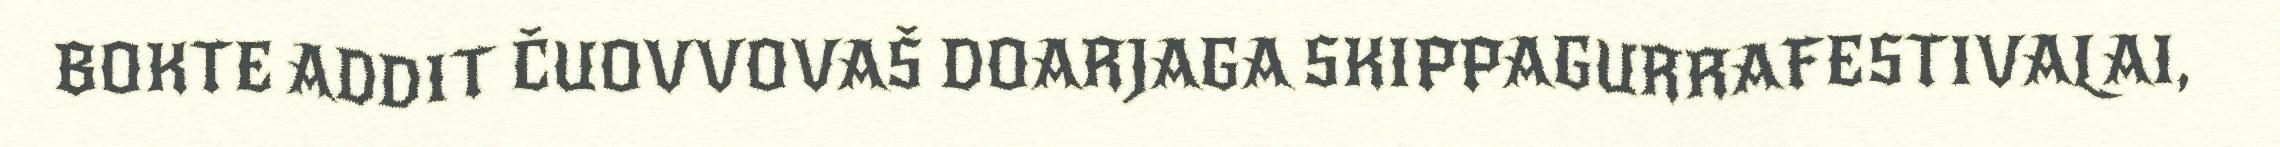
BOKTE ADDIT ČUOVVOVAŠ DOARJAGA SKIPPAGURRAFESTIVALAI,